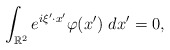
\begin{align*}\int_{\mathbb{R}^2} e^{i\xi'\cdot x'}\varphi(x')\ dx'=0,\end{align*}